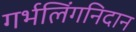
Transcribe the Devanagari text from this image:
गर्भलिंगनिदान